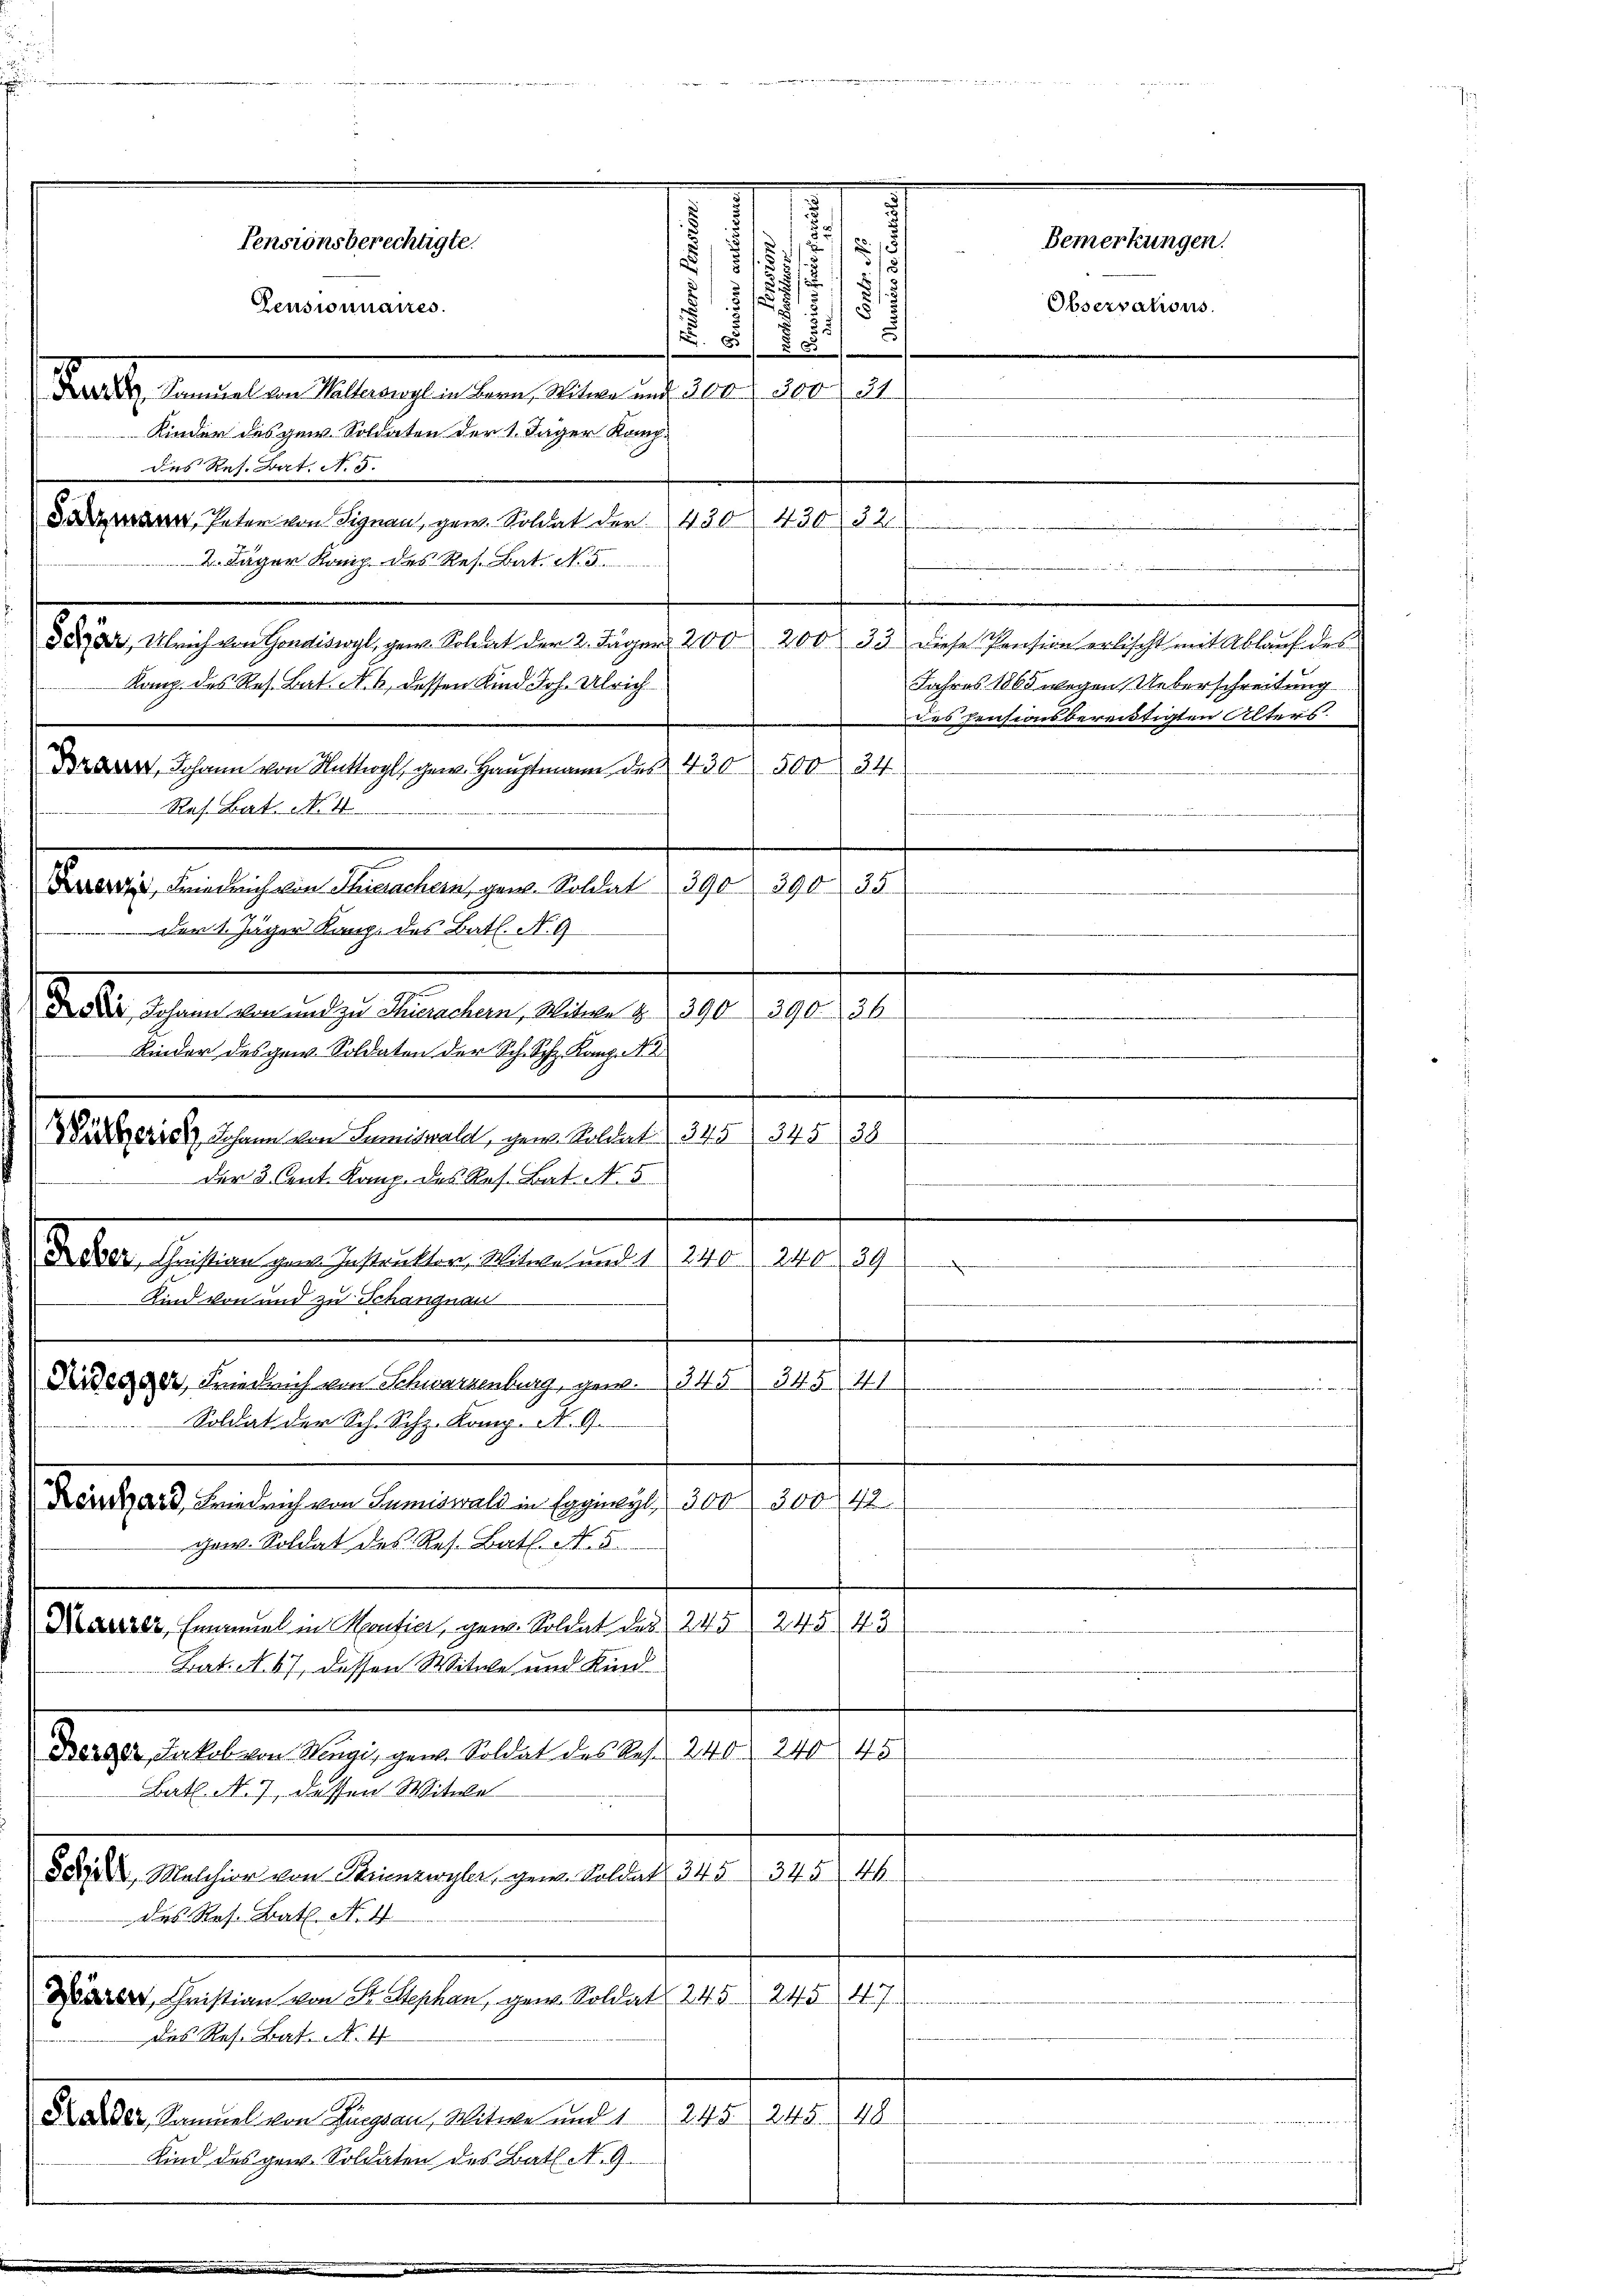
.
¬

.
s
52/

.
.

d
Pensionnaires.
5
x
53
 Samuel von Walterswyl in Bern, Witwe und 300. 300 31
Kinder des gew. Soldaten der 1. Jäger Komp.
des Res. dat. N. 5.
d, Peter von Signau, gew. Soldat der 430 430. 32
.
2. Läger Komp. des Res. Bat. No. 5.
.
d, Ulrich von Condiswyl, gew. Solat der 2. Jäger 200 200. 33 diese Pension erlischt mit Ablauf des
Komp. des Res. Bat. N. 6, dessen Kind Joh. Ulrich
Jahres 1865 wegen Ueberschreitung
des Pensionsbereitigten Alters.
Drer, Johann von Wattwyl, gew. Hauptmann des 430 500 34
Res. Bat. No. 4
390. 35
Basler verlichen Monaten den aber 1890.
Den 1. Jäger Rang des Bat. N. 9.
d  sehen an diese Meierten 18ten 10. 1919.
Kinder des gew. Soldaten der Sch. Sch. Kanz. A
.
Sühnerrat Johann von Lumidwald, gew. Soldat 345) 345) 38
.
der 3. Cent. Komp. des Ros. Bat. N. 5
.
.
240 240. 39
Bern halten gegenheiten einen eine
 eine eine
Kind von und zu Schangnau
Ridegger, Friedrich von Schwarzenburg, gew. 345 345. 41
Soldat der Sch. Schz. Komp. K. G.
.
f
Denhard, Friedrich von Lumiswald in Egginlyl 300. 300 42
gew. Soldat des Res. Bat. N. 5
Kauzer, Emanuel in Kontie, gew. Soldat des 245 245 43
Bat. A. 67, dessen Witwe und Kind
Derger, Jakob von Wengi, gew. Soldat des Rest 240. 240. 45
Bat. N. 7, dessen Witwe
A
der, Melchior von Steinwyler, gew. Soldat 345 345
des Res. Bat. No. 4
127)
240
Dae, Christian von Sr. Stephan, gew. Soldat 245
das Res. Bat. N. 4
820. Janualen Gegen, aber 1801. 311, 141. 2.
Kind des gew. Soldaten des Batl. A. 9.

170

Pensionsberechtigte.

.

Bemerkungen.
Observations